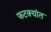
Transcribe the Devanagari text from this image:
फटक्यांत